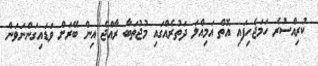
ކުރިއްސުރެ ހަމަޖެހިފައި އޮތް އަމިއްލަ ދަތުރެއްގައި މުޖުތަބާ ރާއްޖެ އިން ބޭރަށް ވަޑައިގަންނަވަން